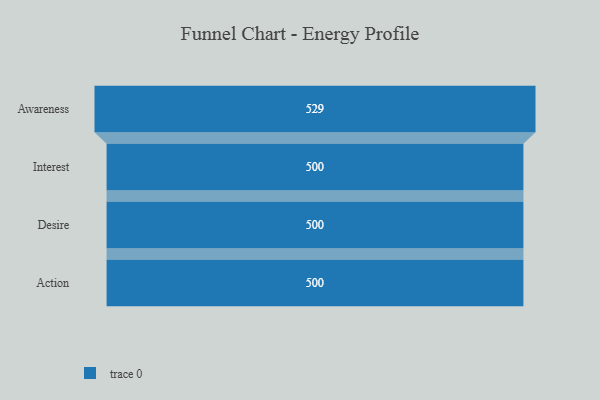
{"axis": {"x": "Stage", "y": "Value"}, "legend": [""], "data": [{"x": "Awareness", "y": 529.0, "type": ""}, {"x": "Interest", "y": 500, "type": ""}, {"x": "Desire", "y": 500, "type": ""}, {"x": "Action", "y": 500, "type": ""}]}